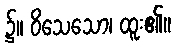
၌။ ဝိသေသော၊ ထူး၏။